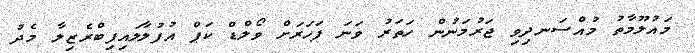
މައުލޫމާތު މުއްސަނދިވި ޖަރުމަނުން ހަތަރު ވަނަ ފަހަރަށް ވޯލްޑް ކަޕް އުފުލާލައިފިބްރެޒިލާ މެދު